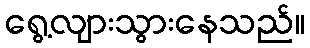
ရွေ့လျားသွားနေသည်။